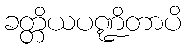
ခတ္တိယပဏ္ဍိတာပိ